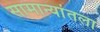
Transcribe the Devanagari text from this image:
सामान्यांतला